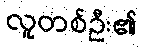
လူတစ်ဦး၏